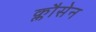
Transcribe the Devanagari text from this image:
क्लौसेन